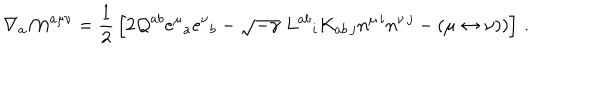
\nabla _ { a } { \cal M } ^ { a \mu \nu } = { \frac { 1 } { 2 } } \left[ 2 { \cal Q } ^ { a b } e ^ { \mu } { } _ { a } e ^ { \nu } { } _ { b } - \sqrt { - \gamma } \; L ^ { a b } { } _ { i } K _ { a b \, j } n ^ { \mu \, i } n ^ { \nu \, j } - ( \mu \leftrightarrow \nu ) ) \right] \, .